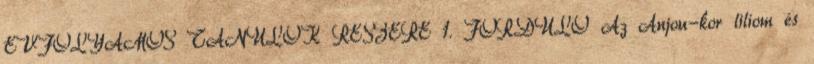
ÉVFOLYAMOS TANULÓK RÉSZÉRE 1. FORDULÓ Az Anjou-kor liliom és